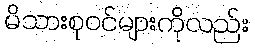
မိသားစုဝင်များကိုလည်း